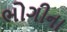
ભોગીના